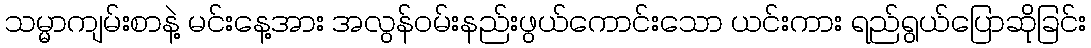
သမ္မာကျမ်းစာနဲ့ မင်းနေ့အား အလွန်ဝမ်းနည်းဖွယ်ကောင်းသော ယင်းကား ရည်ရွယ်ပြောဆိုခြင်း